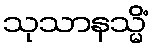
သုသာနသ္မိံ